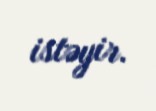
istəyir.